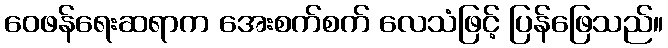
ဝေဖန်ရေးဆရာက အေးစက်စက် လေသံဖြင့် ပြန်ဖြေသည်။